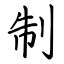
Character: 制